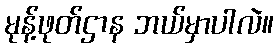
မုန့်ဖုတ်ဌာန ဘယ်မှာပါလဲ။